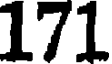
171